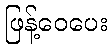
ဖြန့်ဝေပေး